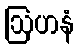
ဩဟနံ